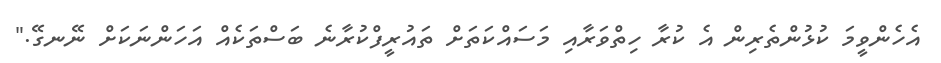
އެހެންވީމަ ކުޅުންތެރިން އެ ކުރާ ހިތްވަރާއި މަސައްކަތަށް ތައުރީފްކުރާނެ ބަސްތަކެއް އަހަންނަކަށް ނޭނގޭ."